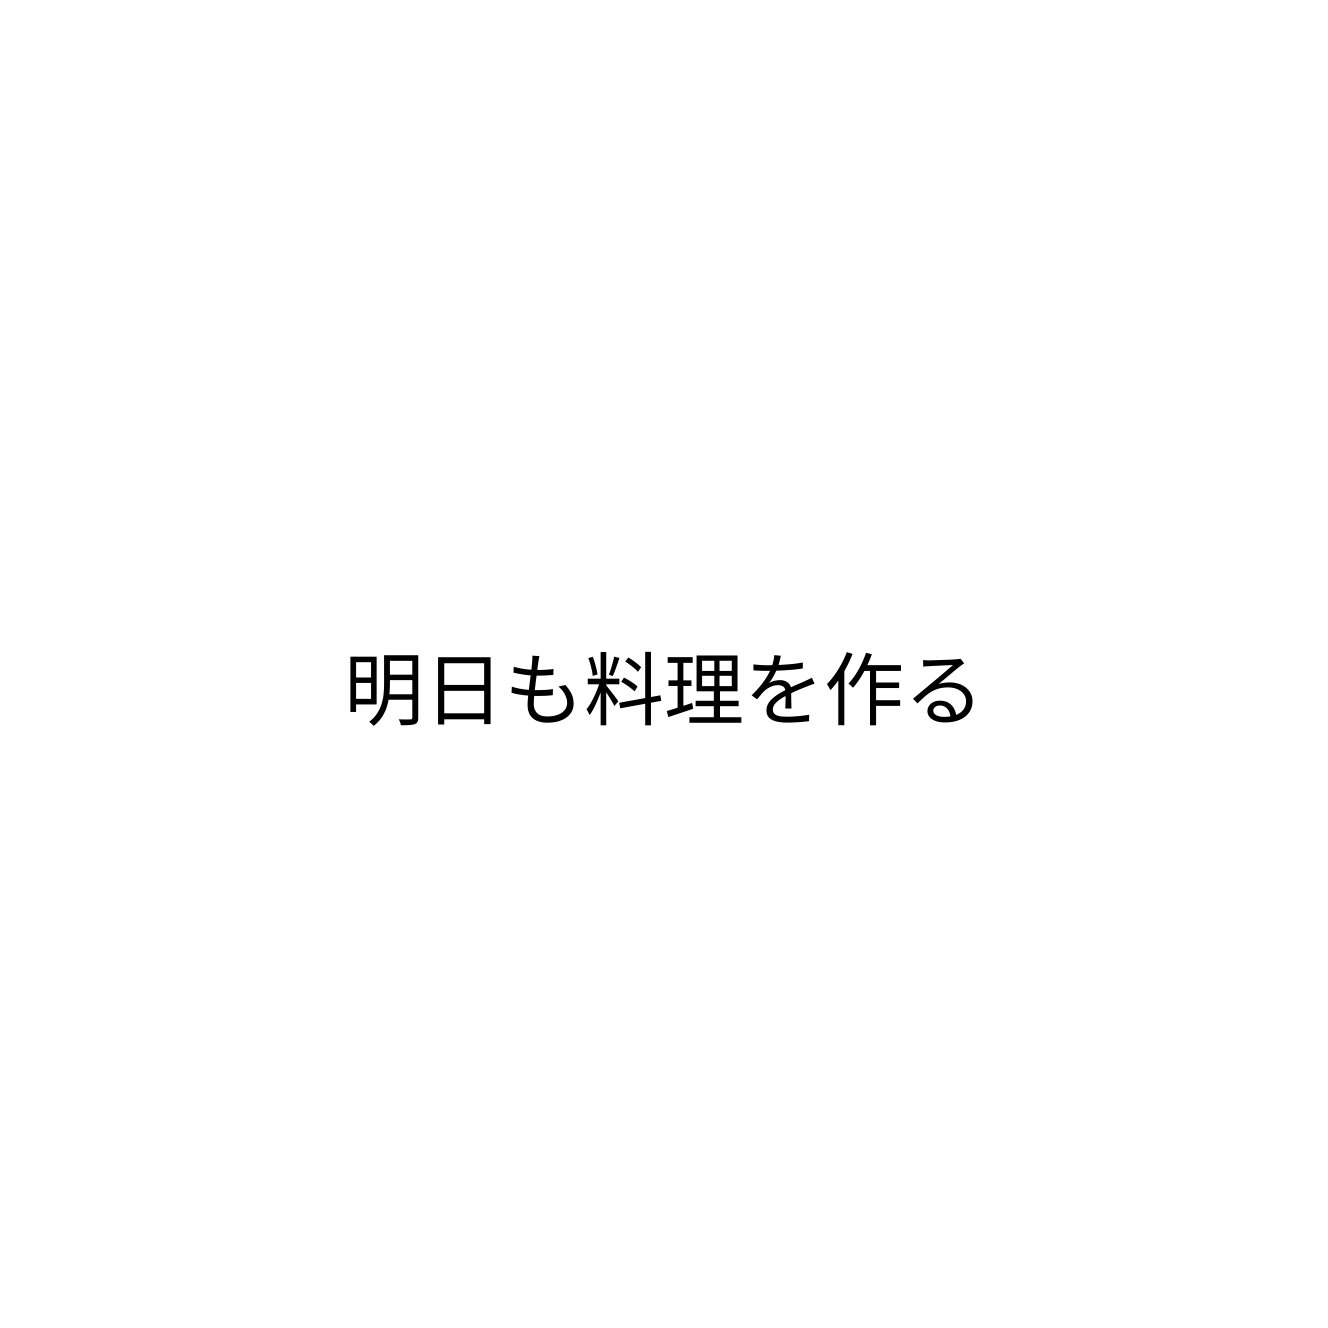
明日も料理を作る